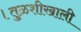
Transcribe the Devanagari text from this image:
।तुळशीखाली